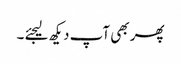
پھر بھی آپ دیکھ لیجئے ۔